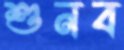
শুনব